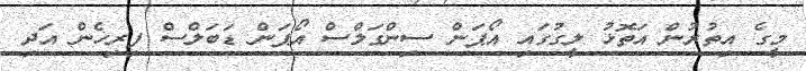
މީގެ އިތުރުން އަތޮޅު ލީގުގައި އޯޕަން ސިންގަލްސް އޯޕަން ޑަބަލްސް ފިރިހެން އަދި